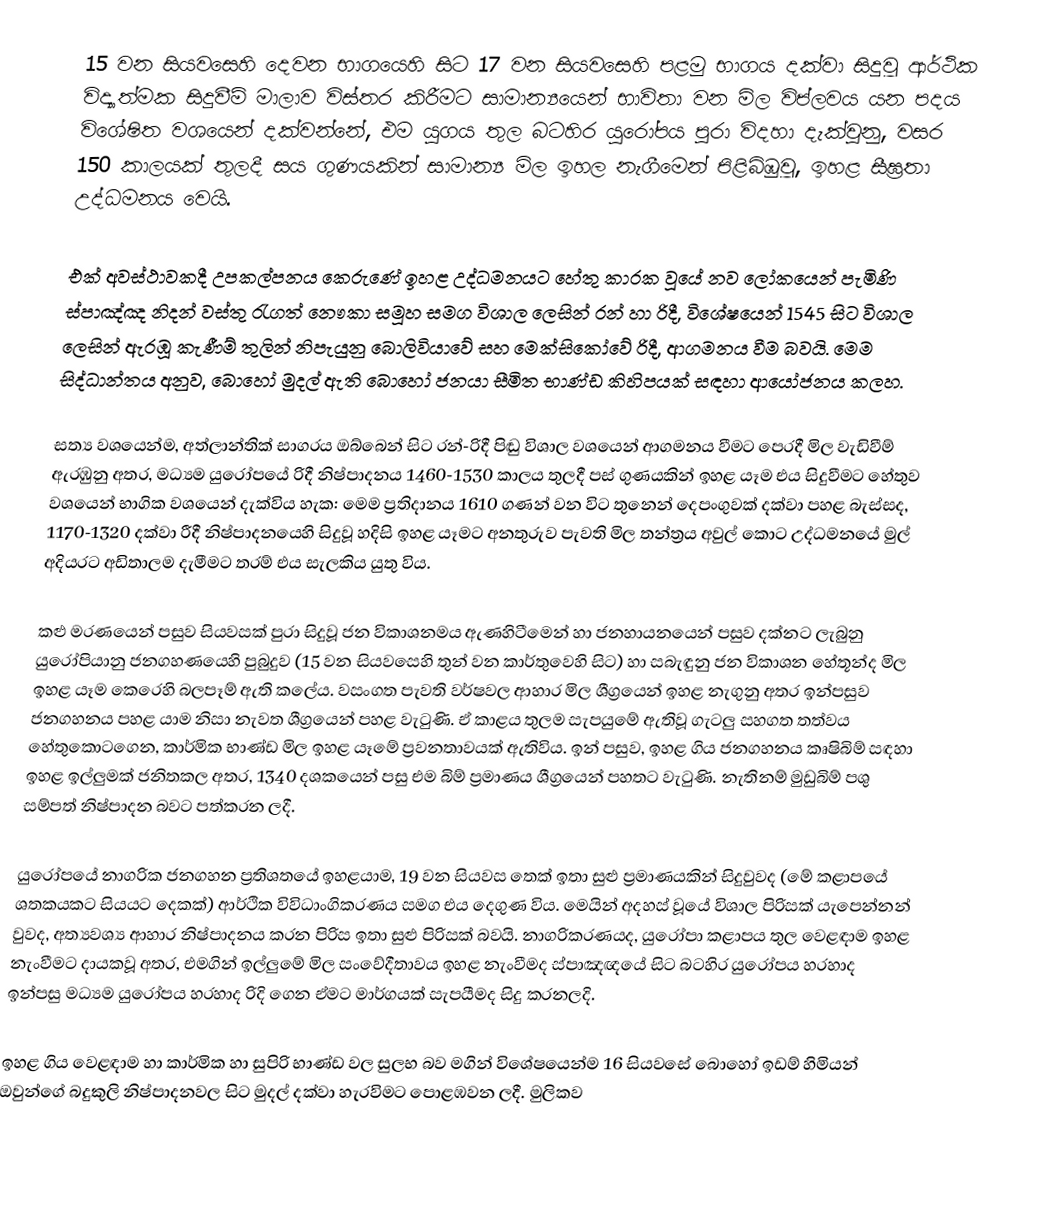
15 වන සියවසෙහි දෙවන භාගයෙහි සිට 17 වන සියවසෙහි පළමු භාගය දක්වා සිදුවූ ආර්ථික විද්‍යාත්මක සිදුවීම් මාලාව විස්තර කිරීමට සාමාන්‍යයෙන් භාවිතා වන මිල විප්ලවය යන පදය විශේෂිත වශයෙන් දක්වන්නේ,  එම යුගය තුල බටහිර යුරෝපය පුරා විදහා දැක්වුනු,  වසර 150 කාලයක් තුලදී සය ගුණයකින් සාමාන්‍ය මිල ඉහල නැගීමෙන් පිළිබිඹුවූ,  ඉහළ සීඝ්‍රතා උද්ධමනය වෙයි.

එක් අවස්ථාවකදී උපකල්පනය කෙරුණේ ඉහළ උද්ධමනයට හේතු කාරක වූයේ නව ලෝකයෙන් පැමිණි ස්පාඤ්ඤ නිදන් වස්තු රැගත් නෞකා සමූහ සමග විශාල ලෙසින් රන් හා රිදී,  විශේෂයෙන් 1545 සිට විශාල ලෙසින් ඇරඹූ කැණීම් තුලින් නිපැයුනු බොලිවියාවේ  සහ  මෙක්සිකෝවේ රිදී,  ආගමනය වීම බවයි. මෙම සිද්ධාන්තය අනුව, බොහෝ මුදල් ඇති බොහෝ ජනයා සීමිත භාණ්ඩ කිහිපයක් සඳහා ආයෝජනය කලහ.

සත්‍ය වශයෙන්ම,  අත්ලාන්තික් සාගරය ඔබ්බෙන් සිට රන්-රිදී පිඬු විශාල වශයෙන් ආගමනය වීමට පෙරදී මිල වැඩිවීම් ඇරඹුනු අතර, මධ්‍යම යුරෝපයේ රිදී නිෂ්පාදනය 1460-1530 කාලය තුලදී පස් ගුණයකින් ඉහළ යෑම එය සිදුවීමට හේතුව වශයෙන් භාගික වශයෙන් දැක්විය හැක: මෙම ප්‍රතිදානය  1610 ගණන් වන විට තුනෙන් දෙපංගුවක් දක්වා පහළ බැස්සද, 1170-1320 දක්වා රීදී නිෂ්පාදනයෙහි සිදුවූ හදිසි ඉහළ යෑමට අනතුරුව පැවති  මිල තන්ත්‍රය අවුල් කොට උද්ධමනයේ මුල් අදියරට අඩිතාලම දැමීමට  තරම් එය සැලකිය යුතු විය.

කළු මරණයෙන් පසුව සියවසක් පුරා සිදුවූ ජන විකාශනමය ඇණහිටීමෙන් හා ජනහායනයෙන් පසුව දක්නට ලැබුනු යුරෝපියානු ජනගහණයෙහි පුබුදුව (15 වන සියවසෙහි තුන් වන කාර්තුවෙහි සිට) හා සබැඳුනු   ජන විකාශන හේතූන්ද මිල ඉහළ යෑම කෙරෙහි බලපෑම් ඇති කලේය.   වසංගත පැවති වර්ෂවල ආහාර මිල ශීග්‍රයෙන් ඉහළ නැගුනු අතර ඉන්පසුව ජනගහනය පහළ යාම නිසා නැවත ශීග්‍රයෙන් පහළ වැටුණි.  ඒ කාළය තුලම සැපයුමේ ඇතිවූ ගැටලු සහගත තත්වය හේතුකොටගෙන, කාර්මික භාණ්ඩ මිල ඉහළ යෑමේ ප්‍රවනතාවයක් ඇතිවිය.  ඉන් පසුව, ඉහළ ගිය ජනගහනය කෘෂිබිම් සඳහා ඉහළ ඉල්ලුමක් ජනිතකල අතර, 1340 දශකයෙන් පසු එම බිම් ප්‍රමාණය ශීග්‍රයෙන් පහතට වැටුණි. නැතිනම් මුඩුබිම් පශු සම්පත් නිෂ්පාදන බවට පත්කරන ලදී.

යුරෝපයේ නාගරික ජනගහන ප්‍රතිශතයේ ඉහළයාම, 19 වන සියවස තෙක් ඉතා සුළු ප්‍රමාණයකින් සිදුවුවද (මේ කළාපයේ ශතකයකට සියයට දෙකක්) ආර්ථික විවිධාංගිකරණය සමග එය දෙගුණ විය. මෙයින් අදහස් වූයේ විශාල පිරිසක් යැපෙන්නන් වුවද, අත්‍යවශ්‍ය ආහාර නිෂ්පාදනය කරන පිරිස ඉතා සුළු පිරිසක් බවයි. නාගරිකරණයද, යුරෝපා කළාපය තුල වෙළඳාම ඉහළ නැංවීමට දායකවූ අතර, එමගින් ඉල්ලුමේ මිල සංවේදීතාවය ඉහළ නැංවීමද ස්පාඤඥයේ සිට බටහිර යුරෝපය හරහාද ඉන්පසු මධ්‍යම යුරෝපය හරහාද රිදි ගෙන ඒමට මාර්ගයක් සැපයීමද සිදු කරනලදි.

ඉහළ ගිය වෙළඳාම හා කාර්මික හා සුපිරි භාණ්ඩ වල සුලභ බව මගින් විශේෂයෙන්ම 16 සියවසේ බොහෝ ඉඩම් හිමියන් ඔවුන්ගේ බදුකුලි නිෂ්පාදනවල සිට මුදල් දක්වා හැරවිමට පොළඹවන ලදී.  මුලිකව